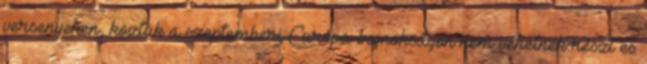
versenyeken, köztük a szeptemberi Európa-bajnokságon nem vehetnék részt és